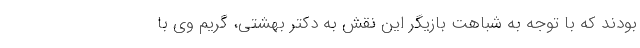
بودند که با توجه به شباهت بازیگر این نقش به دکتر بهشتی، گریم وی با